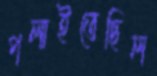
পলাইতেছিল